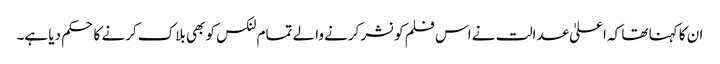
ان کا کہنا تھا کہ اعلیٰ عدالت نے اس فلم کو نشر کرنے والے تمام لنکس کو بھی بلاک کرنے کا حکم دیا ہے۔